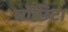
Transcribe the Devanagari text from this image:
चोंछिटा